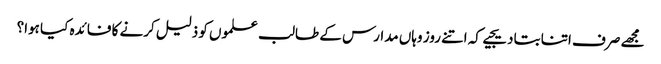
مجھے صرف اتنا بتادیجیے کہ اتنے روز وہاں مدارس کے طالب علموں کو ذلیل کرنے کا فائدہ کیا ہوا؟